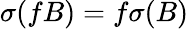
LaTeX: \sigma(fB)=f\sigma(B)